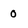
Character: 0